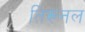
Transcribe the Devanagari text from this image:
तिरूनल